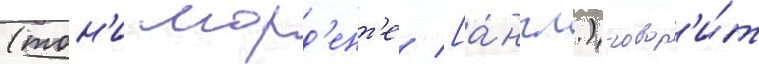
(тон'и морд'ент'е [а́нгл.) говор'и́т